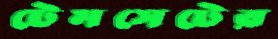
টেমসেটের